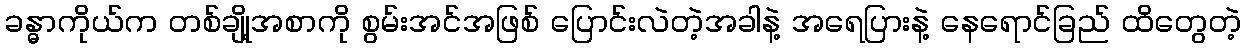
ခန္ဓာကိုယ်က တစ်ချို့အစာကို စွမ်းအင်အဖြစ် ပြောင်းလဲတဲ့အခါနဲ့ အရေပြားနဲ့ နေရောင်ခြည် ထိတွေတဲ့